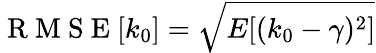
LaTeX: \mathrm{~R~M~S~E~}[k_{0}]=\sqrt{E[(k_{0}-\gamma)^{2}]}